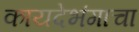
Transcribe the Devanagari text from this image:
कायदेभंगाचा